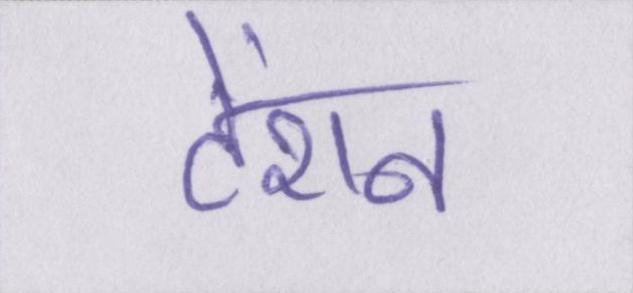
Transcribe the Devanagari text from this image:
टेंशन